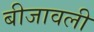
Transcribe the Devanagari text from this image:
बीजावली